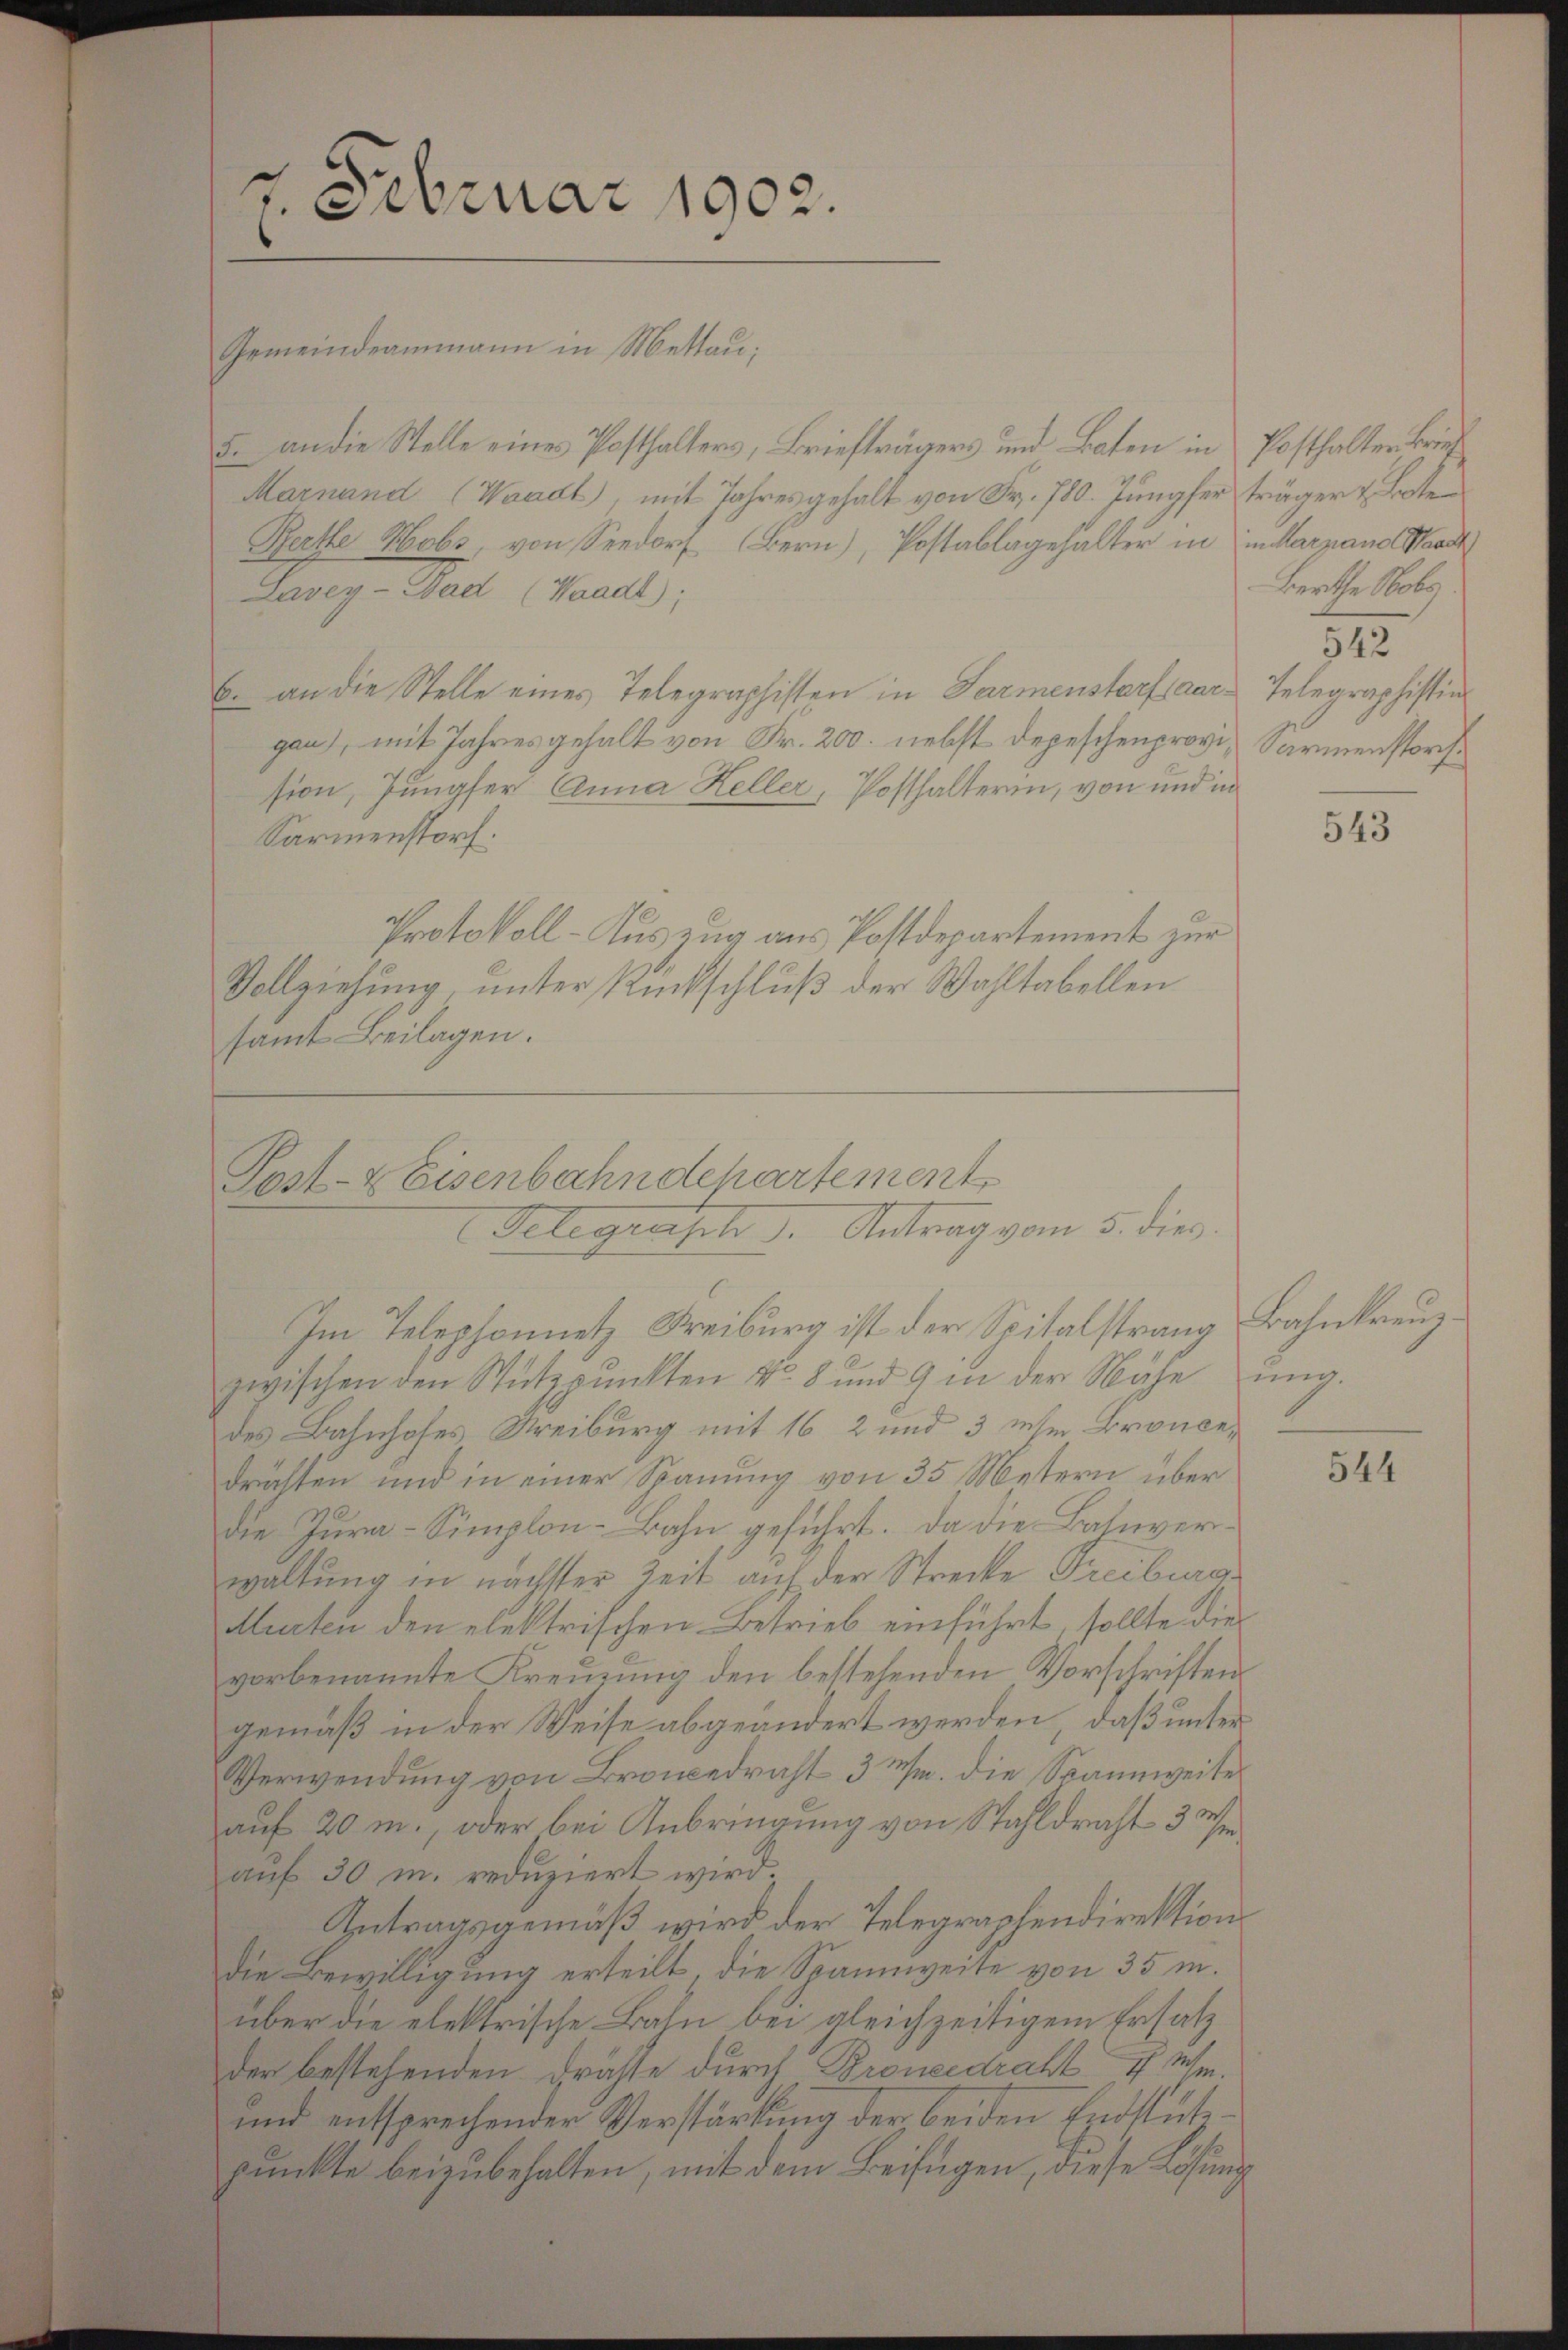
Gemeindeammann in Mettau;
5. an die Stelle eines Posthalters, Briefträgers und Boten in Posthalten Brief
Marnand (Waadt, mit Jahres gehalt von Fr. 780. Jungfer träger & Bote
Berthe Mobs, von Seedorf (Bern), Postablagehalter in in Harrand Waadt
Lavey-Sad (Waadt);
6 an die Stelle eines Telegraphisten in Farmenstorf aargau), mit Jahres gehalt von Fr. 200. nebst depeschenprovision, Jungfer Anna Heller, Posthalterin, von und in
Sarmenstorf.
Protokoll - Auszug aus Postdepartement zur
Vollziehung, unter Rückschluß der Wahltabellen
samt Beilagen.

c
1. Februar 1902.

Post- & Eisenbahndepartement
Telegrasch. Antrag vom 5. dies

Im Telephonnetz, Freiburg ist der Spitalstrang Bahnkreuzzwischen den Stützpunkten vor 8 und 9 in der Nähe ŭng.
des Bahnhofes Freiburg mit 16 2 und 3 ihm Broncedrähten und in einer Spanung von 35 Metern über
die Jura-Simplon-Bahn geführt. Da die Bahnverwaltung in nächster Zeit auf der Strecke Treiburg,
Murten den elektrischen Betrieb einführt, sollte die
vorbenannte Kreuzung den bestehenden Vorschriften
gemäß in der Weise abgeändert werden, daß unter
Verwendung von Broncedraht 3 M. die Spannweiter
auf 20 m., oder bei Anbringung von Stahldraht 3 Weauf 30 m. reduziert wird.
Antragsgemäß wird der Telegraphendirektion
die Bewilligung erteilt, die Spannweite von 35 m.
über die elektrische Bahn bei gleichzeitigem Ersatz
der bestehenden drähte durch Broncedraht ich sehr.
und entsprechender Verstärkung der beiden Endstützpunkte beizubehalten, mit dem Beifügen, diese Lösung

Berthe Nobs
312
Telegraphistin
Sarmenstorf

543

544